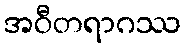
အဝီတရာဂဿ